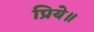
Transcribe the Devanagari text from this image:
प्रिये॥